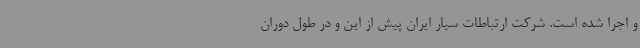
و اجرا شده است. شرکت ارتباطات سیار ایران پیش از این و در طول دوران